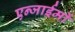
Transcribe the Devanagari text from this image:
एन्जाईमों